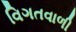
વિગતવાળી